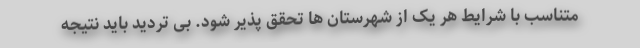
متناسب با شرایط هر یک از شهرستان ها تحقق پذیر شود. بی تردید باید نتیجه